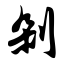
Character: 剁